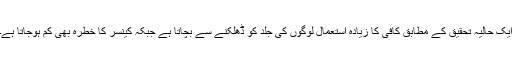
ایک حالیہ تحقیق کے مطابق کافی کا زیادہ استعمال لوگوں کی جلد کو ڈھلکنے سے بچاتا ہے جبکہ کینسر کا خطرہ بھی کم ہوجاتا ہے۔